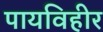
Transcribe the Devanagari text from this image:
पायविहीर